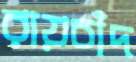
রায়চাঁদ